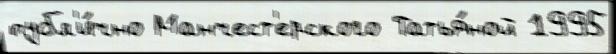
публ'и́чно Манчест'ерского Татья́ной 1995